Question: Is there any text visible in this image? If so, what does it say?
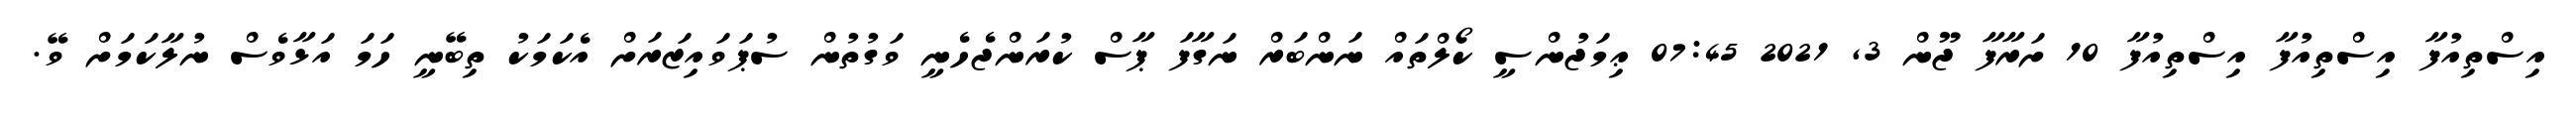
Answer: އިސްތިއުފާ އިސްތިއުފާ އިސްތިއުފާ 10 ށަރާފާ ޖޫން 3, 2021 07:45 ޢިމަޖުންސީ ކޯލްތައް ނަންބަރް ނަގާފަ ޕާސް ކުރަންޖެހެނީ ވަގުތުން ސުޕަވައިޒަރަށް އެކަމަކު ތިބޭނީ ހަމަ އަޅާވެސް ނުލާކަމަށް ވޭ.